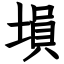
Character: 塤